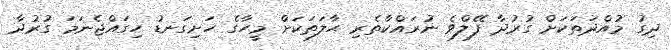
ދިގު މުއްދަތަކަށް ގުރުދާ ފޭލްވެ ނުރައްކާތެރި ޙާލަތަކަށް މީހާގެ ހަށިގަނޑު ހިގައްޖެނަމަ ގުރުދާ